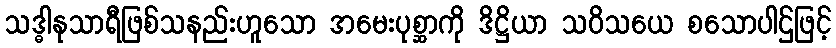
သဒ္ဓါနုသာရီဖြစ်သနည်းဟူသော အမေးပုစ္ဆာကို ဒိဋ္ဌိယာ သဝိသယေ စသောပါဌ်ဖြင့်